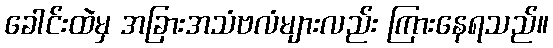
ခေါင်းထဲမှ အခြားအသံဗလံများလည်း ကြားနေရသည်။